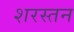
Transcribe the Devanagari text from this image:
शरस्तन